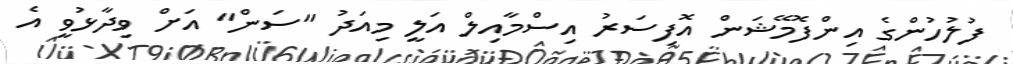
ފުލުހުންގެ އިންފޮމޭޝަން އޮފިސަރު އިސްމާއިލް އަލީ މިއަދު "ސަން" އަށް ވިދާޅުވީ އެ